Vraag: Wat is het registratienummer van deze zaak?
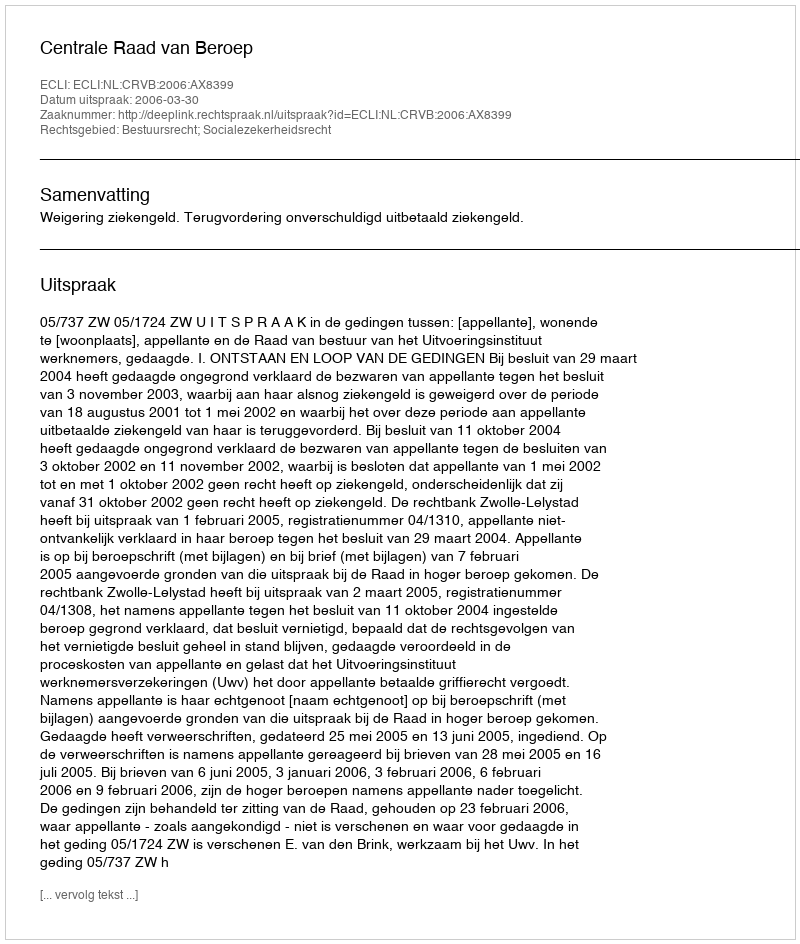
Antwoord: http://deeplink.rechtspraak.nl/uitspraak?id=ECLI:NL:CRVB:2006:AX8399